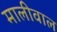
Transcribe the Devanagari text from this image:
मालीवाल